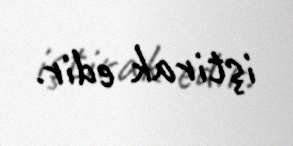
iştirak edir.